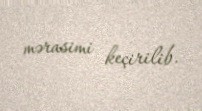
mərasimi keçirilib.